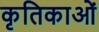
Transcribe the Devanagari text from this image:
कृतिकाओं